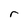
Character: r